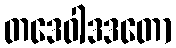
တဒေဝါဒဒတော